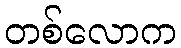
တစ်လောက